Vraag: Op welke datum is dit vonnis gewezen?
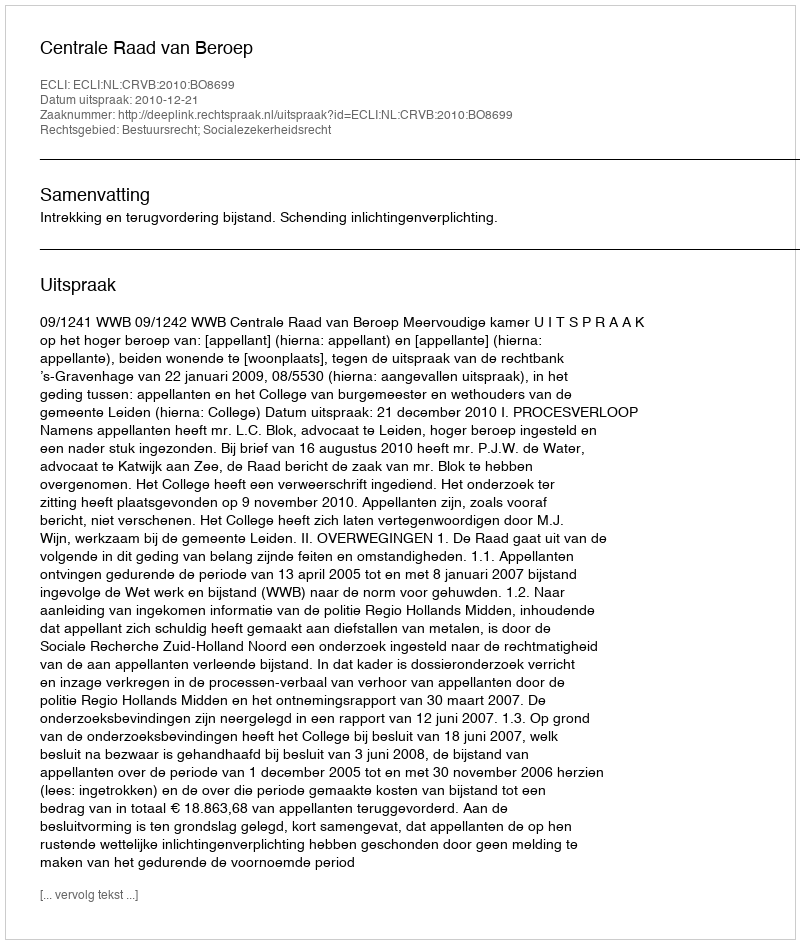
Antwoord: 2010-12-21